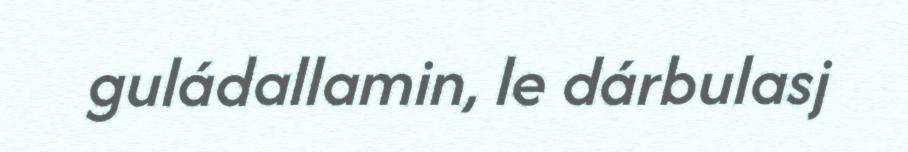
guládallamin, le dárbulasj